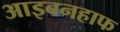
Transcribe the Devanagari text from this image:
आइबनहाफ